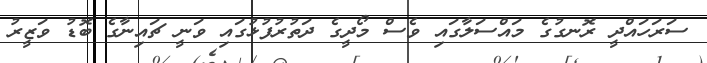
ސަރަހައްދީ ރޮނގުގެ މައްސަލާގައި ވެސް މޯދީގެ ދަތުރުފުޅުގައި ވަނީ ޗައިނާގެ ބޮޑު ވަޒީރު